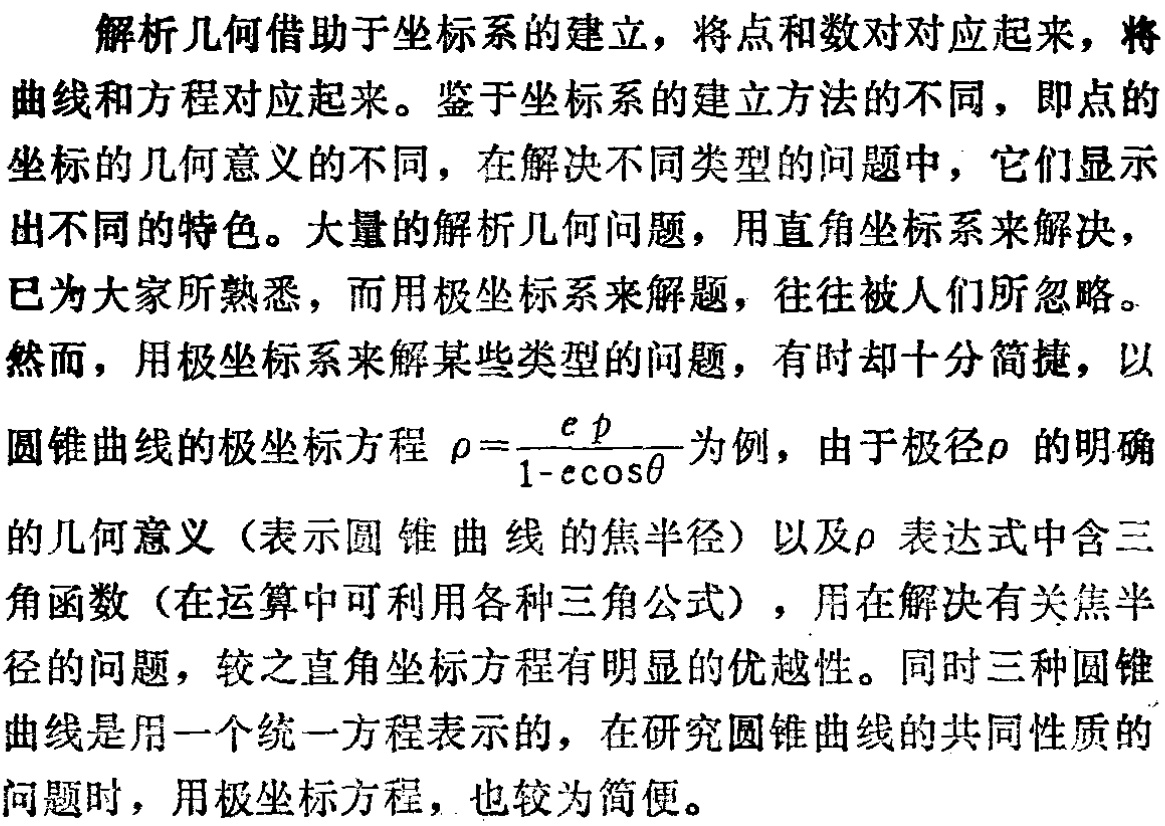
解析几何借助于坐标系的建立，将点和数对对应起来，将曲线和方程对应起来。鉴于坐标系的建立方法的不同，即点的坐标的几何意义的不同，在解决不同类型的问题中，它们显示出不同的特色。大量的解析几何问题，用直角坐标系来解决，已为大家所熟悉，而用极坐标系来解题，往往被人们所忽略。然而，用极坐标系来解某些类型的问题，有时却十分简捷，以圆锥曲线的极坐标方程\(\rho=\frac{ep}{1 - e\cos\theta}\)为例，由于极径\(\rho\) 的明确的几何意义（表示圆锥曲线的焦半径）以及\(\rho\) 表达式中含三角函数（在运算中可利用各种三角公式），用在解决有关焦半径的问题，较之直角坐标方程有明显的优越性。同时三种圆锥曲线是用一个统一方程表示的，在研究圆锥曲线的共同性质的问题时，用极坐标方程，也较为简便。